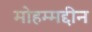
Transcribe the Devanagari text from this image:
मोहम्मद्दीन